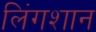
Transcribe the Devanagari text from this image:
लिंगशान